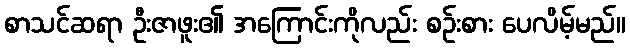
စာသင်ဆရာ ဦးဇာဖူး၏ အကြောင်းကိုလည်း စဉ်းစား ပေလိမ့်မည်။